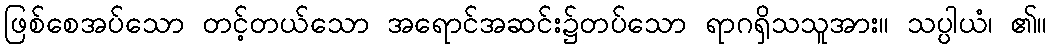
ဖြစ်စေအပ်သော တင့်တယ်သော အရောင်အဆင်း၌တပ်သော ရာဂရှိသသူအား။ သပ္ပါယံ၊ ၏။